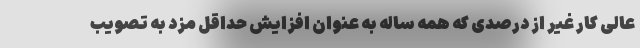
عالی کار غیر از درصدی که همه ساله به عنوان افزایش حداقل مزد به تصویب